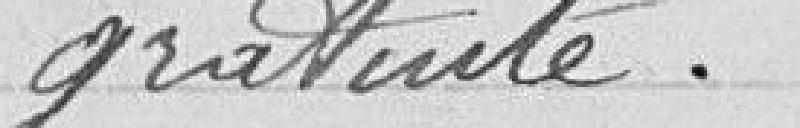
gratuite.